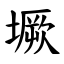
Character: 㙭